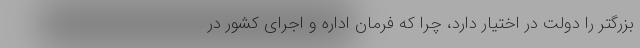
بزرگتر را دولت در اختیار دارد، چرا که فرمان اداره و اجرای کشور در